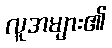
လူအများ၏